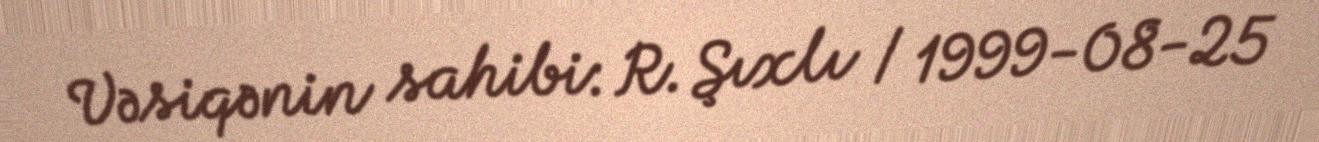
Vəsiqənin sahibi: R. Şıxlı / 1999-08-25